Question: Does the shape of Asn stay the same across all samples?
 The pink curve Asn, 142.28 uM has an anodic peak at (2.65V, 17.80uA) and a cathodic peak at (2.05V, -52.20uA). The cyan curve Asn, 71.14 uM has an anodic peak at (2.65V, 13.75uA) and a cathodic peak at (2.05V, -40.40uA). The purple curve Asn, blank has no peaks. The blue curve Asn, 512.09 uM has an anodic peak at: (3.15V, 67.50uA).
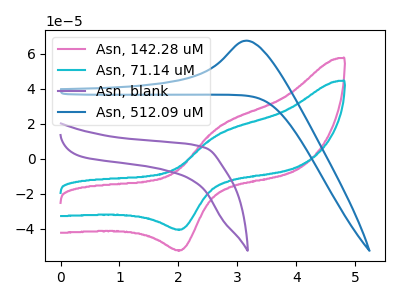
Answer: <think>All the peaks in "Asn, 142.28 uM" have a peak in "Asn, 71.14 uM" at the same potential. Every peak in "Asn, 142.28 uM" is higher than every peak in "Asn, 71.14 uM". "Asn, 142.28 uM" and "Asn, blank" have a different number of peaks. "Asn, 142.28 uM" and "Asn, 512.09 uM" have a different number of peaks. "Asn, 71.14 uM" and "Asn, blank" have a different number of peaks. "Asn, 71.14 uM" and "Asn, 512.09 uM" have a different number of peaks. "Asn, blank" and "Asn, 512.09 uM" have a different number of peaks.
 </think>
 <answer>All the CV's of "Asn" have similar shape.</answer>
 <eval>follow_rule</eval>